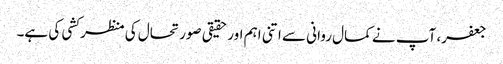
جعفر، آپ نے کمال روانی سے اتنی اہم اور حقیقی صورتحال کی منظر کشی کی ہے۔